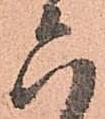
六